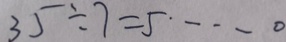
3 5 \div 7 = 5 \cdots 0